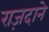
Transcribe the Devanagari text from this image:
राज़दाने